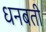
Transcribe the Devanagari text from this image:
धनबती